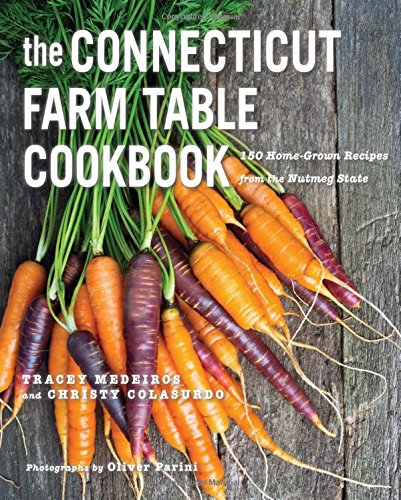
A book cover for The Connecticut Farm Table Cookbook: 150 Homegrown Recipes from the Nutmeg State (The Farm Table Cookbook); Tracey Medeiros; Cookbooks, Food & Wine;